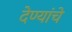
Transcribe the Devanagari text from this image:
देण्यांचे